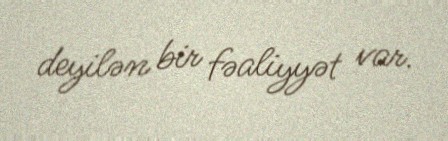
deyilən bir fəaliyyət var.